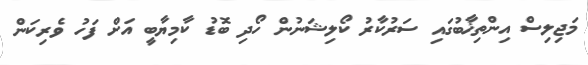
މަޖިލިސް އިންތިޚާބުގައި ސަރުކާރު ކޯލިޝަނުން ހޯދި ބޮޑު ކާމިޔާބީ އަށް ފަހު ވެރިކަން